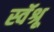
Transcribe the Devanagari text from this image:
स्वॅश्रू